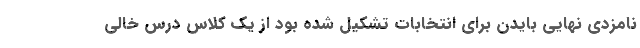
نامزدی نهایی بایدن برای انتخابات تشکیل شده بود از یک کلاس درس خالی